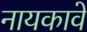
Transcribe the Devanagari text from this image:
नायकावे